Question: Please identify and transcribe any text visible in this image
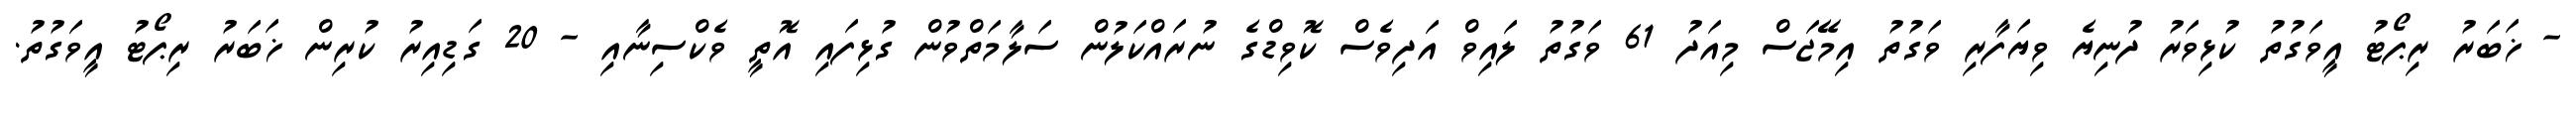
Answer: - ޚަބަރު ރިޕޯޓު އީވަގުތު ކުޅިވަރު ދުނިޔެ ވިޔަފާރި ވަގުތު އިމޭޖަސް މިއަދު 61 ވަގުތު ލައިވް އަދިވެސް ކޮވިޑްގެ ނުރައްކަލުން ސަލާމަތްވުން ގުޅިފައި އޮތީ ވެކްސިނާއި - 20 ގަޑިއިރު ކުރިން ޚަބަރު ރިޕޯޓު އީވަގުތު.